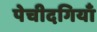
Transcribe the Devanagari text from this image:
पेचीदगियाँ